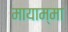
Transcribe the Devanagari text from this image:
मायाम्मा